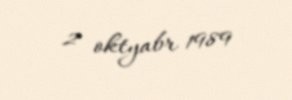
2 oktyabr 1989